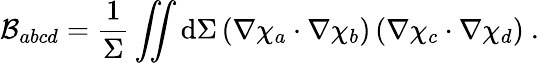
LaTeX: \mathcal{B}_{abcd}=\frac{1}{\Sigma}\iint\mathrm{d}\Sigma\left(\nabla\chi_{a}\cdot\nabla\chi_{b}\right)\left(\nabla\chi_{c}\cdot\nabla\chi_{d}\right)~.